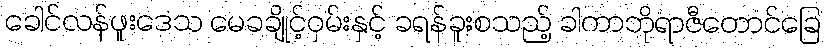
ခေါင်လန်ဖူးဒေသ မေခချိုင့်ဝှမ်းနှင့် ခရန်ခူးစသည့် ခါကာဘိုရာဇီတောင်ခြေ